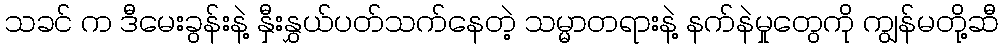
သခင် က ဒီမေးခွန်းနဲ့ နှီးနွှယ်ပတ်သက်နေတဲ့ သမ္မာတရားနဲ့ နက်နဲမှုတွေကို ကျွန်မတို့ဆီ